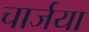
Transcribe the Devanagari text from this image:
चार्जया